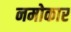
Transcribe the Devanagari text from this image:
नमोकार